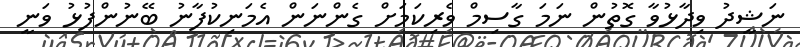
ނަޝީދު ވިދާޅުވާ ގޮތުން ނަމަ ގާސިމް ވެރިކަމަށް ގެންނަން އެމަނިކުފާނު ބޭނުންފުޅު ވަނީ